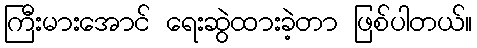
ကြီးမားအောင် ရေးဆွဲထားခဲ့တာ ဖြစ်ပါတယ်။